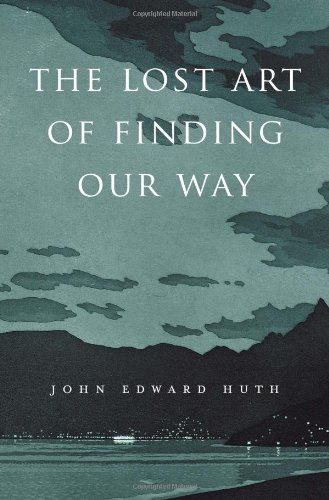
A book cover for The Lost Art of Finding Our Way; John Edward Huth; Engineering & Transportation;